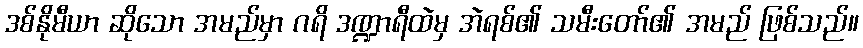
ဒစ်နိုမီယာ ဆိုသော အမည်မှာ ဂရိ ဒဏ္ဍာရီထဲမှ အဲရစ်၏ သမီးတော်၏ အမည် ဖြစ်သည်။